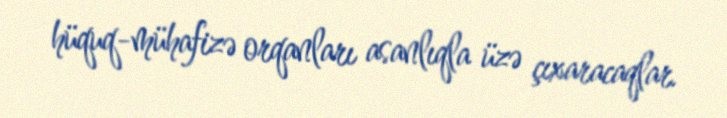
hüquq-mühafizə orqanları asanlıqla üzə çıxaracaqlar.